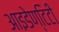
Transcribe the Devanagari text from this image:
आइडेण्टिटी